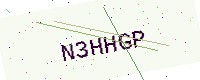
Text: N3HHGP